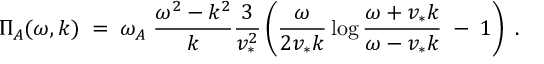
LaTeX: { \Pi _ { A } ( \omega , k ) \; = \; \omega _ { A } \; { \frac { \omega ^ { 2 } - k ^ { 2 } } { k } } { \frac { 3 } { v _ { * } ^ { 2 } } } \left( { \frac { \omega } { 2 v _ { * } k } } \log { \frac { \omega + v _ { * } k } { \omega - v _ { * } k } } \; - \; 1 \right) \; . }